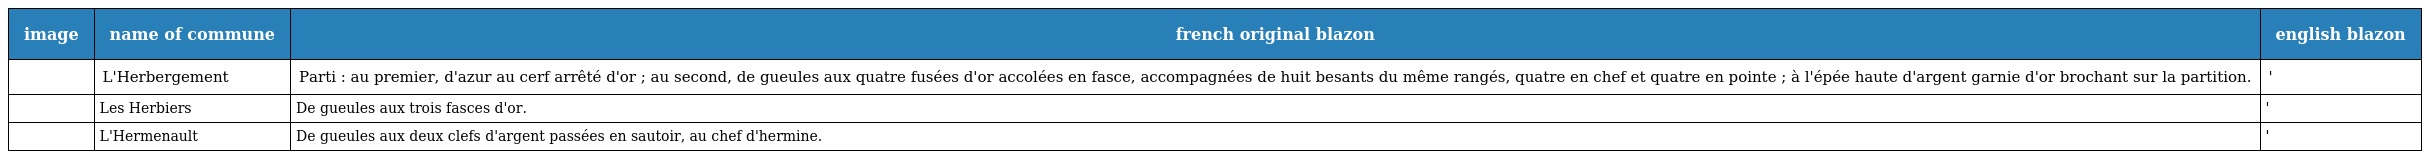
| image | name of commune | french original blazon | english blazon |
 | --- | --- | --- | --- |
 |  | L'Herbergement | Parti : au premier, d'azur au cerf arrêté d'or ; au second, de gueules aux quatre fusées d'or accolées en fasce, accompagnées de huit besants du même rangés, quatre en chef et quatre en pointe ; à l'épée haute d'argent garnie d'or brochant sur la partition. | ' |
 |  | Les Herbiers | De gueules aux trois fasces d'or. | ' |
 |  | L'Hermenault | De gueules aux deux clefs d'argent passées en sautoir, au chef d'hermine. | ' |